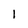
Character: l